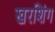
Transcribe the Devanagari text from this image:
खरशिंग